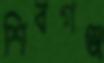
শিবগঞ্জ